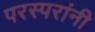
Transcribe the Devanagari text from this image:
परस्परांनी